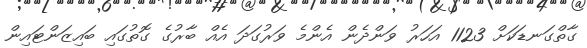
ގާތްގަނޑަކަށް 1123 އަހަރު ވަންދެން އެންމެ ވަރުގަދަ އެއް ބާރުގެ ގޮތުގައި ބައިޒަންޓައިން